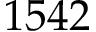
1 5 4 2